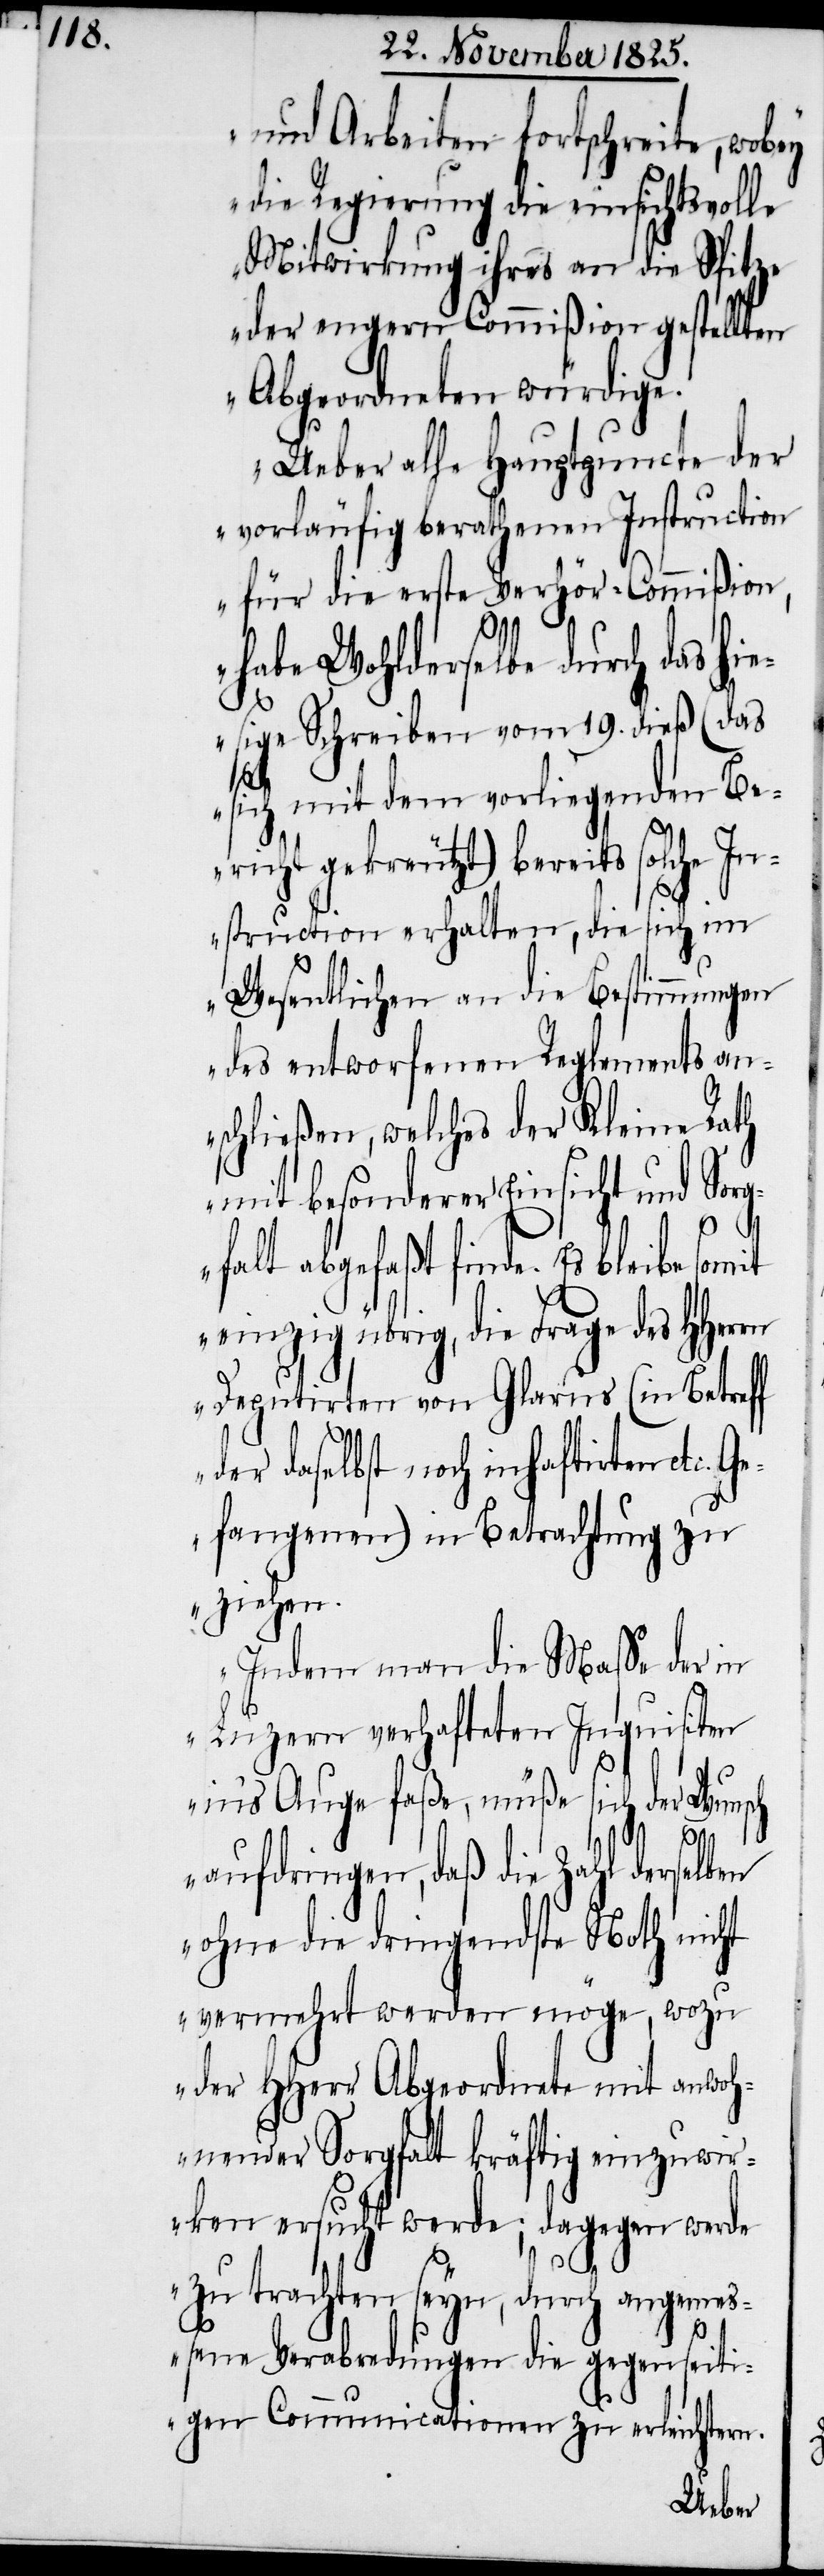
und Arbeiten fortschreite, wobey
die Regierung die einsichtsvolle
Mitwirkung ihres an die Spitze
der engern Commißion gestellten
Abgeordneten würdige.
Ueber alle Hauptpuncte der
vorläufig berathenen Instruction
für die erste Verhör-Commißion,
habe Wohlderselbe durch das hie¬
sige Schreiben vom 19. dieß (das
sich mit dem vorliegenden Be¬
richt gekreuzt) bereits solche In¬
struction erhalten, die sich im
Wesentlichen an die Bestimmungen
des entworfenen Reglements an¬
schließen, welches der Kleine Rath
mit besonderer Einsicht und Sor¬
gfalt abgefaßt finde. Es bleibe
einzig übrig, die Frage des HHerrn
Deputirten von Glarus (in Betreff
der daselbst noch inhaftirten etc.
Gefangenen) in Betrachtung zu
ziehen.
Indem man die Maße der in
Luzern verhafteten Inquisiten
in‘s Auge faße, müße sich der Wunsch
aufdringen, daß die Zahl derselben
ohne die dringendste Noth nicht
vermehrt werden möge, wozu
der HHerr Abgeordnete mit anwoh¬
nender Sorgfalt kräftig einzuwi¬
rken ersucht werde; dagegen werde
zu trachten seyn, durch angemeß¬
ene Verabredungen die gegenseiti¬
gen Communicationen zu erleichtern.